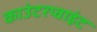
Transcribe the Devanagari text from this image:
काउंटरप्वाइंट